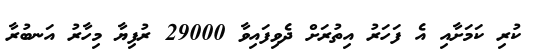
ކުރި ކަމަށާއި އެ ފަހަރު އިތުރަށް ދެވިފައިވާ 29000 ރުފިޔާ މިހާރު އަނބުރާ